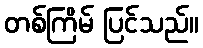
တစ်ကြိမ် ပြင်သည်။